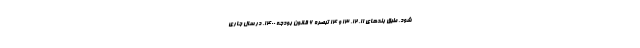
شود. طبق بندهای ۱۱، ۱۲، ۱۳ و ۱۴ تبصره ۶ قانون بودجه ۱۴۰۰، در سال جاری